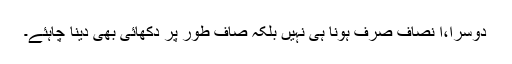
دوسرا،ا نصاف صرف ہونا ہی نہیں بلکہ صاف طور پر دکھائی بھی دینا چاہئے۔